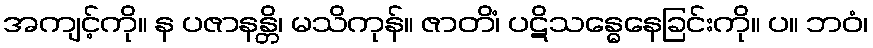
အကျင့်ကို။ န ပဇာနန္တိ၊ မသိကုန်။ ဇာတိံ၊ ပဋိသန္ဓေနေခြင်းကို။ ပ။ ဘဝံ၊